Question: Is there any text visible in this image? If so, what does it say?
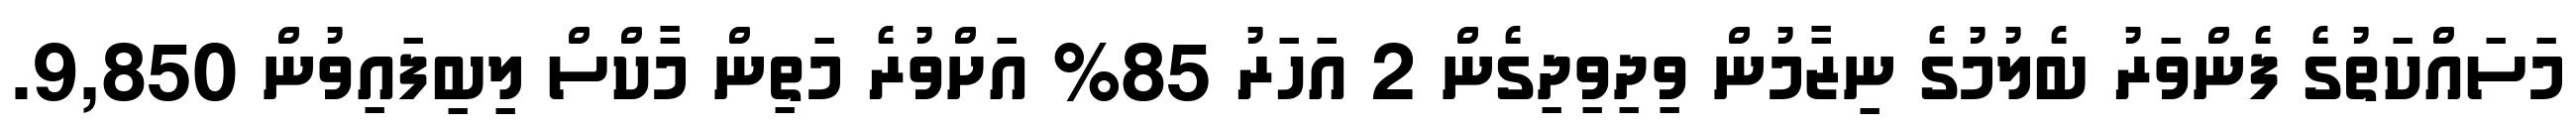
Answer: މަސައްކަތުގެ ފެންވަރު ބެލުމުގެ ނިޒާމުން ވިދިވިދިގެން 2 އަހަރު 85% އަށްވުރެ މަތިން މާކްސް ލިބިފައިވުން 9,850.